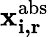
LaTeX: \mathbf{x_{i,r}^{\textrm{abs}}}